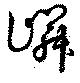
嶙